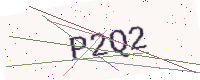
Text: P2Q2